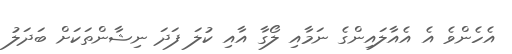
އެހެންވެ އެ އެއާލައިންގެ ނަމާއި ލޯގާ އާއި ކުލަ ފަދަ ނިޝާންތަކަށް ބަދަލު